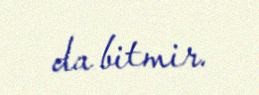
da bitmir.